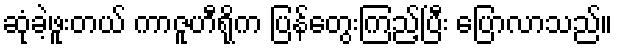
ဆုံခဲ့ဖူးတယ် ကာဇူဟီရိုက ပြန်တွေးကြည့်ပြီး ပြောလာသည်။